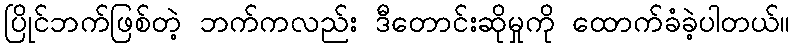
ပြိုင်ဘက်ဖြစ်တဲ့ ဘက်ကလည်း ဒီတောင်းဆိုမှုကို ထောက်ခံခဲ့ပါတယ်။